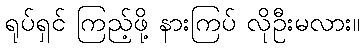
ရုပ်ရှင် ကြည့်ဖို့ နားကြပ် လိုဦးမလား။